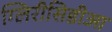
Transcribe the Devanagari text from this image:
ग्लिरीसिडीआ